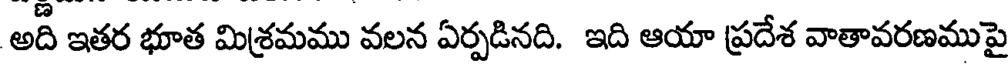
అది ఇతర భూత మిశ్రమము వలన ఏర్పడినది. ఇది ఆయా ప్రదేశ వాతావరణముపై